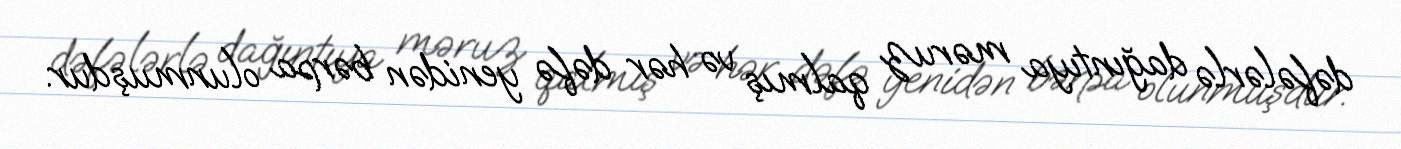
dəfələrlə dağıntıya məruz qalmış və hər dəfə yenidən bərpa olunmuşdur.